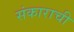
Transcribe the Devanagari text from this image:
संकाराची